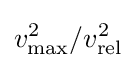
v_{\text{max}}^{2}/v_{\text{rel}}^{2}